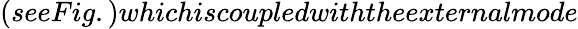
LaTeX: (seeFig.)whichiscoupledwiththeexternalmode